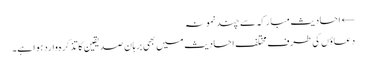
← احادیث مبارکہ سے چند نمونہ
دعاؤں کی طرف مختلف احادیث میں بھی برہان صدیقین کا تذکرہ وارد ہوا ہے۔